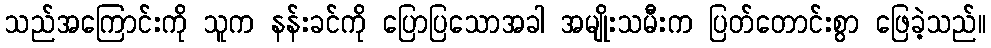
သည်အကြောင်းကို သူက နန်းခင်ကို ပြောပြသောအခါ အမျိုးသမီးက ပြတ်တောင်းစွာ ဖြေခဲ့သည်။